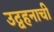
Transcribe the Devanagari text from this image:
उद्वहनाची